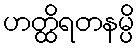
ဟတ္ထိရတနမ္ပိ